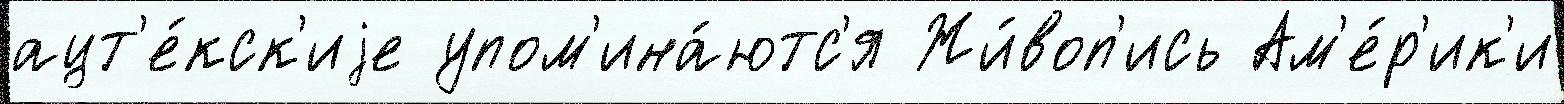
ацт'е́кск'иjе упом'ина́ютс'я Жи́воп'ись Ам'е́р'ик'и